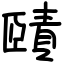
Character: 賾